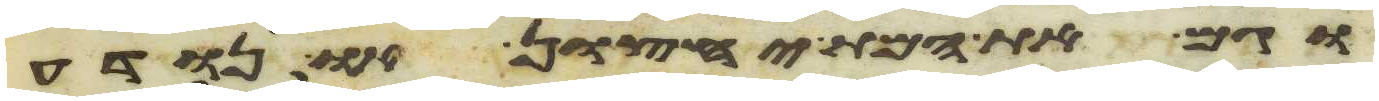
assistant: וגם את המת יחצון או נודע